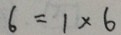
6 = 1 \times 6